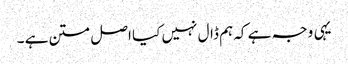
یہی وجہ ہے کہ ہم ڈال نہیں کیا اصل متن ہے ۔